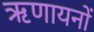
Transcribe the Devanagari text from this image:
ऋणायनों